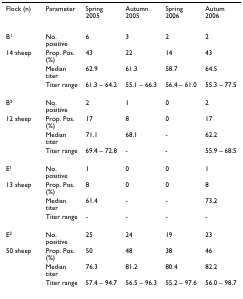
<table><thead><tr><td><b>Flock (n)</b></td><td><b>Parameter</b></td><td><b>Spring 2005</b></td><td><b>Autumn 2005</b></td><td><b>Spring 2006</b></td><td><b>Autum 2006</b></td></tr></thead><tbody><tr><td>B<sup>1</sup></td><td>No. positive</td><td>6</td><td>3</td><td>2</td><td>2</td></tr><tr><td>14 sheep</td><td>Prop. Pos. (%)</td><td>43</td><td>22</td><td>14</td><td>43</td></tr><tr><td></td><td>Median titer</td><td>62.9</td><td>61.3</td><td>58.7</td><td>64.5</td></tr><tr><td></td><td>Titer range</td><td>61.3 – 64.2</td><td>55.1 – 66.3</td><td>56.4 – 61.0</td><td>55.3 – 77.5</td></tr><tr><td>B<sup>2</sup></td><td>No. positive</td><td>2</td><td>1</td><td>0</td><td>2</td></tr><tr><td>12 sheep</td><td>Prop. Pos. (%)</td><td>17</td><td>8</td><td>0</td><td>17</td></tr><tr><td></td><td>Median titer</td><td>71.1</td><td>68.1</td><td>-</td><td>62.2</td></tr><tr><td></td><td>Titer range</td><td>69.4 – 72.8</td><td>-</td><td>-</td><td>55.9 – 68.5</td></tr><tr><td>E<sup>1</sup></td><td>No. positive</td><td>1</td><td>0</td><td>0</td><td>1</td></tr><tr><td>13 sheep</td><td>Prop. Pos. (%)</td><td>8</td><td>0</td><td>0</td><td>8</td></tr><tr><td></td><td>Median titer</td><td>61.4</td><td>-</td><td>-</td><td>73.2</td></tr><tr><td></td><td>Titer range</td><td>-</td><td>-</td><td>-</td><td>-</td></tr><tr><td>E<sup>2</sup></td><td>No. positive</td><td>25</td><td>24</td><td>19</td><td>23</td></tr><tr><td>50 sheep</td><td>Prop. Pos. (%)</td><td>50</td><td>48</td><td>38</td><td>46</td></tr><tr><td></td><td>Median titer</td><td>76.3</td><td>81.2</td><td>80.4</td><td>82.2</td></tr><tr><td></td><td>Titer range</td><td>57.4 – 94.7</td><td>56.5 – 96.3</td><td>55.2 – 97.6</td><td>56.0 – 98.7</td></tr></tbody></table>